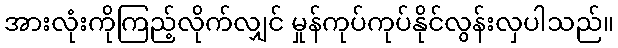
အားလုံးကိုကြည့်လိုက်လျှင် မှုန်ကုပ်ကုပ်နိုင်လွန်းလှပါသည်။